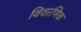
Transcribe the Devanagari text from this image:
विवरणिक